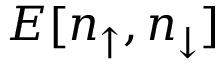
E [ n _ { \uparrow } , n _ { \downarrow } ]